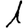
Digit: 1